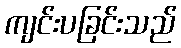
ကျင်းပခြင်းသည်